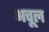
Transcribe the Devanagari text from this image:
अचूल